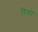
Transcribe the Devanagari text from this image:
रिमों